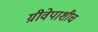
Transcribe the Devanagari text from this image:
ग्रीवेपाशीच